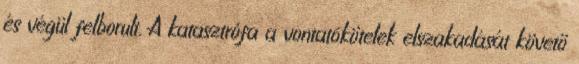
és végül felborult. A katasztrófa a vontatókötelek elszakadását követő